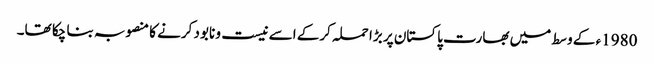
1980ء کے وسط میں بھارت پاکستان پر بڑا حملہ کرکے اسے نیست و نابود کرنے کا منصوبہ بنا چکا تھا۔